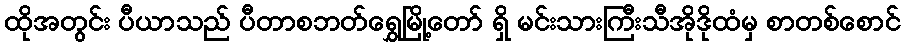
ထိုအတွင်း ပီယာသည် ပီတာစဘတ်ရွှေမြို့တော် ရှိ မင်းသားကြီးသီအိုဒိုထံမှ စာတစ်စောင်